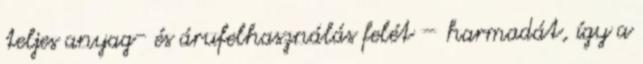
teljes anyag- és árufelhasználás felét – harmadát, így a